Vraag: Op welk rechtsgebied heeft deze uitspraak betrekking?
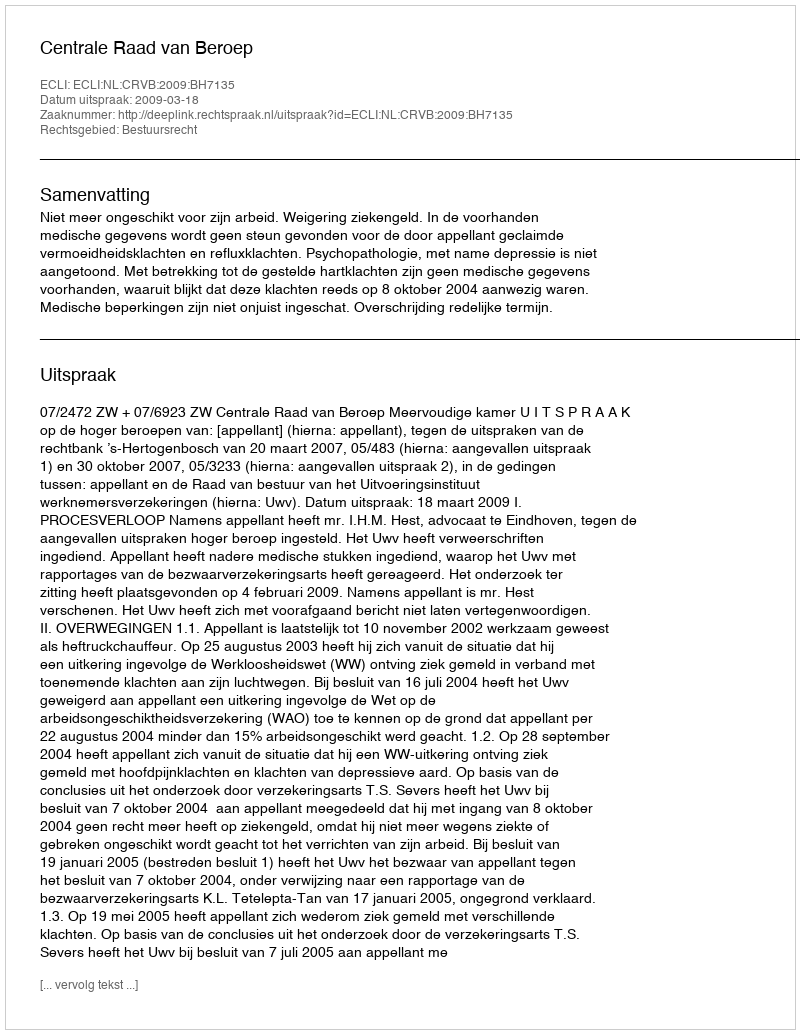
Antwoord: Bestuursrecht